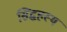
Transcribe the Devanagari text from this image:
सिद्धहस्थ